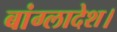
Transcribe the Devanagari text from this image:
बांग्लादेश।